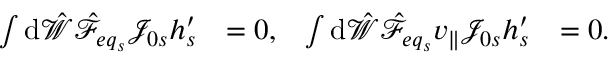
\begin{array} { r l r l } { \int \mathrm { d } \hat { \mathcal { W } } \hat { \mathcal { F } } _ { { e q } _ { s } } \mathcal { J } _ { 0 s } h _ { s } ^ { \prime } } & { = 0 , } & { \int \mathrm { d } \hat { \mathcal { W } } \hat { \mathcal { F } } _ { { e q } _ { s } } v _ { \parallel } \mathcal { J } _ { 0 s } h _ { s } ^ { \prime } } & { = 0 . } \end{array}